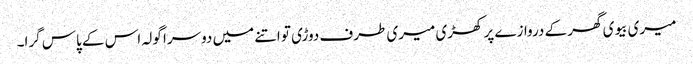
میری بیوی گھر کے دروازے پر کھڑی میری طرف دوڑی تو اتنے میں دوسرا گولہ اس کے پاس گرا۔